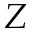
Z